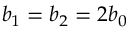
b _ { 1 } = b _ { 2 } = 2 b _ { 0 }